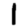
Digit: 1